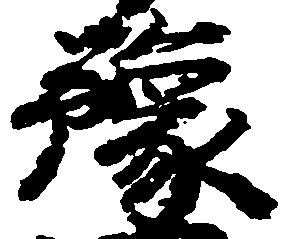
予